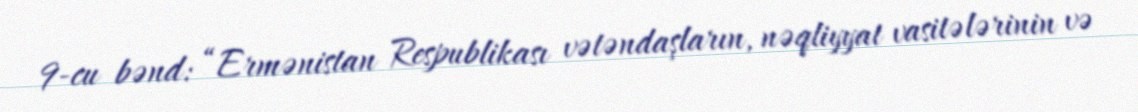
9-cu bənd: “Ermənistan Respublikası vətəndaşların, nəqliyyat vasitələrinin və